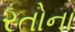
રતોના